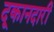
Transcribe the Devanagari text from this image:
दूकानदारी